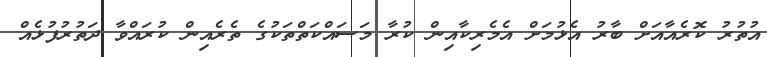
އުތުރު ކޮރެއާއަށް ބާރު އެޅުމަށް އެމެރިކާއިން ކުރާ މަސައްކަތްތަކުގެ ތެރެއިން ކުރައްވާ ދަތުރުފުޅެއް